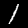
Digit: 1